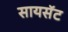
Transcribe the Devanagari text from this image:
सायसॅट